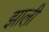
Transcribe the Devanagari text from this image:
झाली़